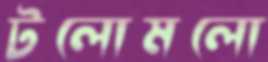
টলোমলো